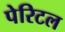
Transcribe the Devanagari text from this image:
पेरिटल